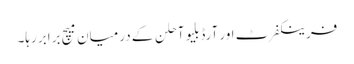
فرینکفرٹ اور آرڈبلیو آحلن کے درمیان میچ برابر رہا۔